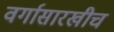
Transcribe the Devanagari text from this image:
वर्गासारखीच